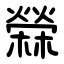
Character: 檾